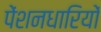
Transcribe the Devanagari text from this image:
पेंशनधारियों